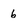
Character: 6